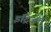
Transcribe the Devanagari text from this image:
इट्रिअम